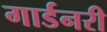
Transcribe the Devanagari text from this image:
गार्डनरी